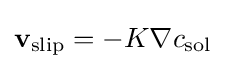
{\bf {v}}_{\text{slip}}=-K\nabla c_{\text{sol}}